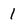
Character: 1